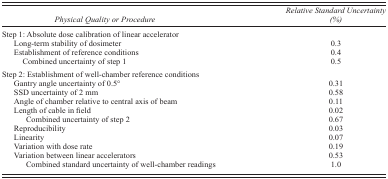
<table><thead><tr><td><b><i>Physical Quality or Procedure</i></b></td><td><b><i>Relative Standard Uncertainty (%)</i></b></td></tr></thead><tbody><tr><td>Step 1: Absolute dose calibration of linear accelerator</td><td></td></tr><tr><td>Long‐term stability of dosimeter</td><td>0.3</td></tr><tr><td>Establishment of reference conditions</td><td>0.4</td></tr><tr><td>Combined uncertainty of step 1</td><td>0.5</td></tr><tr><td>Step 2: Establishment of well‐chamber reference conditions</td><td></td></tr><tr><td>Gantry angle uncertainty of 0.5°</td><td>0.31</td></tr><tr><td>SSD uncertainty of 2 mm</td><td>0.58</td></tr><tr><td>Angle of chamber relative to central axis of beam</td><td>0.11</td></tr><tr><td>Length of cable in field</td><td>0.02</td></tr><tr><td>Combined uncertainty of step 2</td><td>0.67</td></tr><tr><td>Reproducibility</td><td>0.03</td></tr><tr><td>Linearity</td><td>0.07</td></tr><tr><td>Variation with dose rate</td><td>0.19</td></tr><tr><td>Variation between linear accelerators</td><td>0.53</td></tr><tr><td>Combined standard uncertainty of well‐chamber readings</td><td>1.0</td></tr></tbody></table>